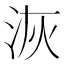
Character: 洃